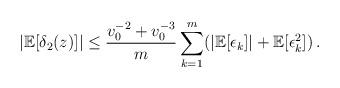
LaTeX: \begin{align*} | \mathbb{E}[\delta_2(z)]| \le \frac{v_0^{-2} + v_0^{-3}}{m} \sum_{k=1}^{m}( | \mathbb{E}[\epsilon_k] | + \mathbb{E}[\epsilon_k^2])\,.\end{align*}